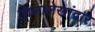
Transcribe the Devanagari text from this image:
शिलालेखांद्वारे